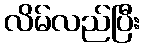
လိမ်လည်ပြီး